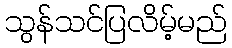
သွန်သင်ပြလိမ့်မည်